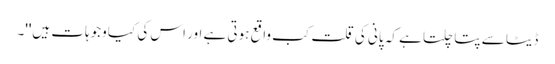
ڈیٹا سے پتا چلتا ہے کہ پانی کی قلت کب واقع ہوتی ہے اور اس کی کیا وجوہات ہیں''۔